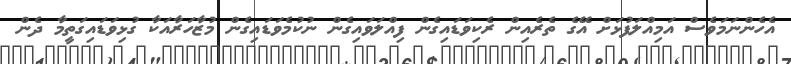
އެހެންނަމަވެސް އަމިއްލަފުޅަށް އޭގެ ތެރެއިން ރެކިވަޑައިގެން ފިއްލަވައިގެން ނުކުމެވަޑައިގެން މުޒާހަރާއަކާ ގުޅިވަޑައިގަތީމާ ދެން